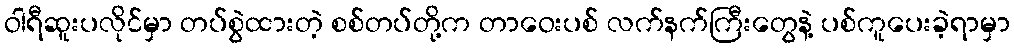
ဝါရီဆူးပလိုင်မှာ တပ်စွဲထားတဲ့ စစ်တပ်တို့က တာဝေးပစ် လက်နက်ကြီးတွေနဲ့ ပစ်ကူပေးခဲ့ရာမှာ